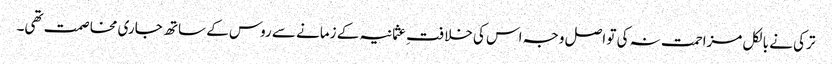
ترکی نے بالکل مزاحمت نہ کی تو اصل وجہ اس کی خلافتِ عثمانیہ کے زمانے سے روس کے ساتھ جاری مخاصمت تھی۔